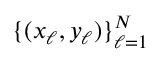
\{ ( x _ { \ell } , y _ { \ell } ) \} _ { \ell = 1 } ^ { N }